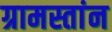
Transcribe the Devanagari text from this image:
ग्रामस्तांन